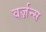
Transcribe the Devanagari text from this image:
वर्ज़न्स